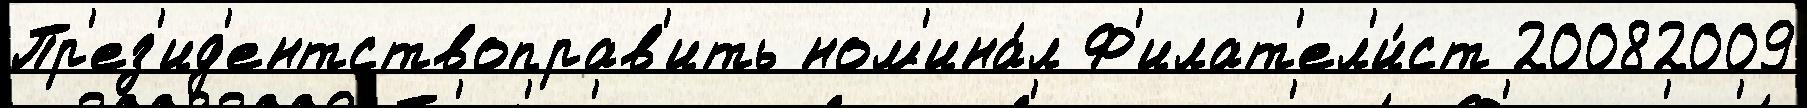
Пр'ез'ид'ентствоправ'ить ном'ина́л Ф'илат'ел'и́ст 20082009